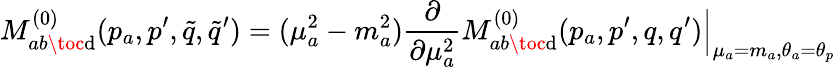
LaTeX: M_{ab\toc\mathrm{d}}^{(0)}(p_{a},p^{\prime},\tilde{{q}},\tilde{{q}}^{\prime})=(\mu_{a}^{2}-m_{a}^{2})\frac{{\partial}}{{\partial\mu_{a}^{2}}}M_{ab\toc\mathrm{d}}^{(0)}(p_{a},p^{\prime},q,q^{\prime})\Bigr|_{\mu_{a}=m_{a},\theta_{a}=\theta_{p}}